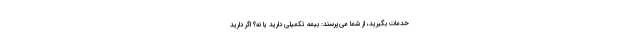
خدمات بگیرید، از شما می‌پرسند: بیمه تکمیلی دارید یا نه؟ اگر دارید